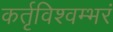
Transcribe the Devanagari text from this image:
कर्तृविश्वम्भरं